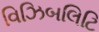
વિઝિબલિટિ